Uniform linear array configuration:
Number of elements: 8
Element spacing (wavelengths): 0.75
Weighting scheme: hamming
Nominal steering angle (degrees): -15
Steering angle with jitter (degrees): -16.927
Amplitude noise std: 0.05
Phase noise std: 0.05

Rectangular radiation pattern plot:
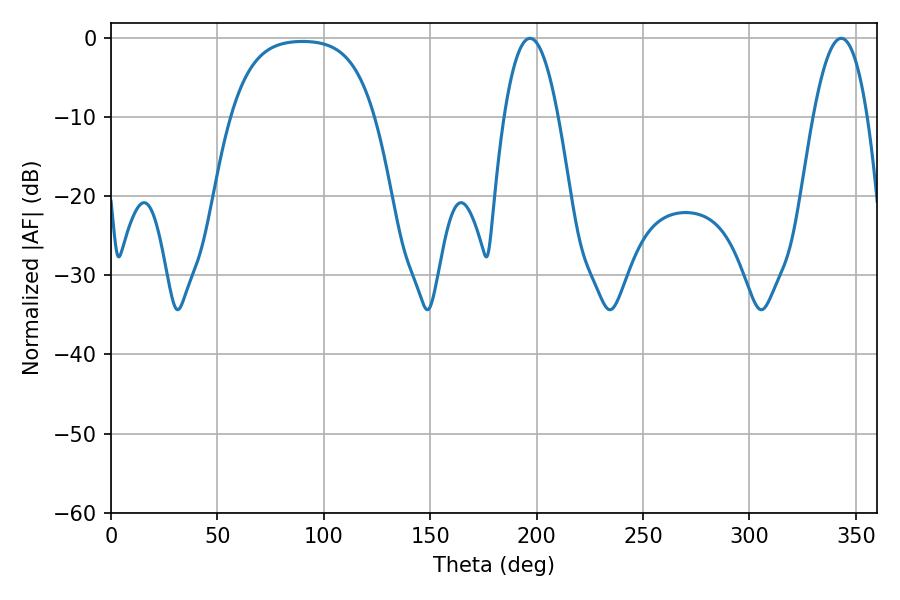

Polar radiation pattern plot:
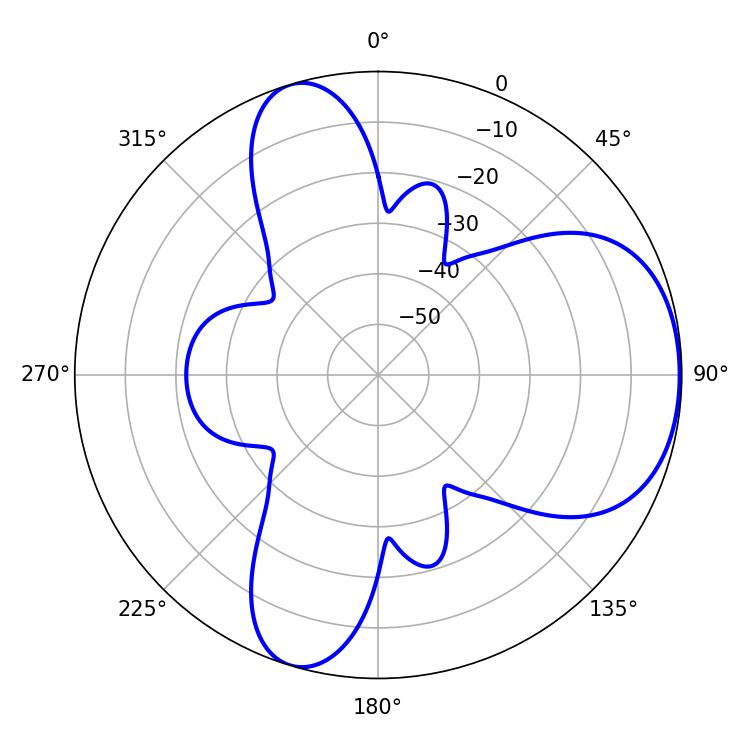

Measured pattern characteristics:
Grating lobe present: TRUE
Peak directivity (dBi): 5.583
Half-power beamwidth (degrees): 13.86
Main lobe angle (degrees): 196.92